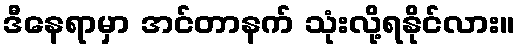
ဒီနေရာမှာ အင်တာနက် သုံးလို့ရနိုင်လား။